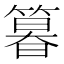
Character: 𮅾